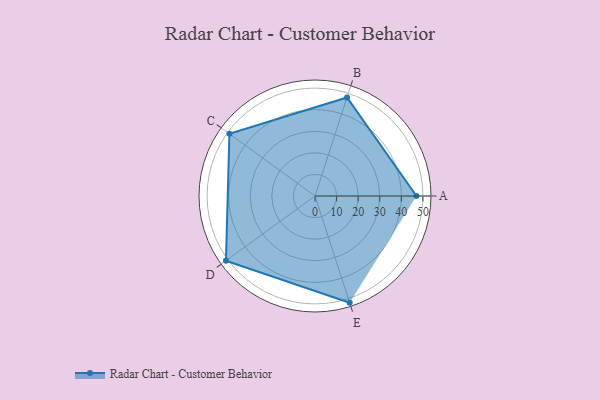
{"axis": {"x": "Skill", "y": "Score"}, "legend": ["Profile"], "data": [{"x": "A", "y": 47.0, "type": "Profile"}, {"x": "B", "y": 48.0, "type": "Profile"}, {"x": "C", "y": 49.0, "type": "Profile"}, {"x": "D", "y": 51.0, "type": "Profile"}, {"x": "E", "y": 52.0, "type": "Profile"}]}